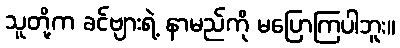
သူတို့က ခင်ဗျားရဲ့ နာမည်ကို မပြောကြပါဘူး။